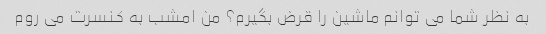
به نظر شما می توانم ماشین را قرض بگیرم؟ من امشب به کنسرت می روم